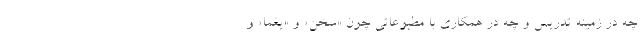
چه در زمینه تدریس و چه در همکاری با مطبوعاتی چون «سخن» و «یغما» و